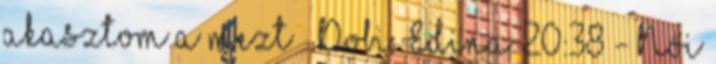
akasztom a mezt – Dobi Edina 20:38 - Női